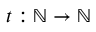
t : \mathbb { N } \to \mathbb { N }